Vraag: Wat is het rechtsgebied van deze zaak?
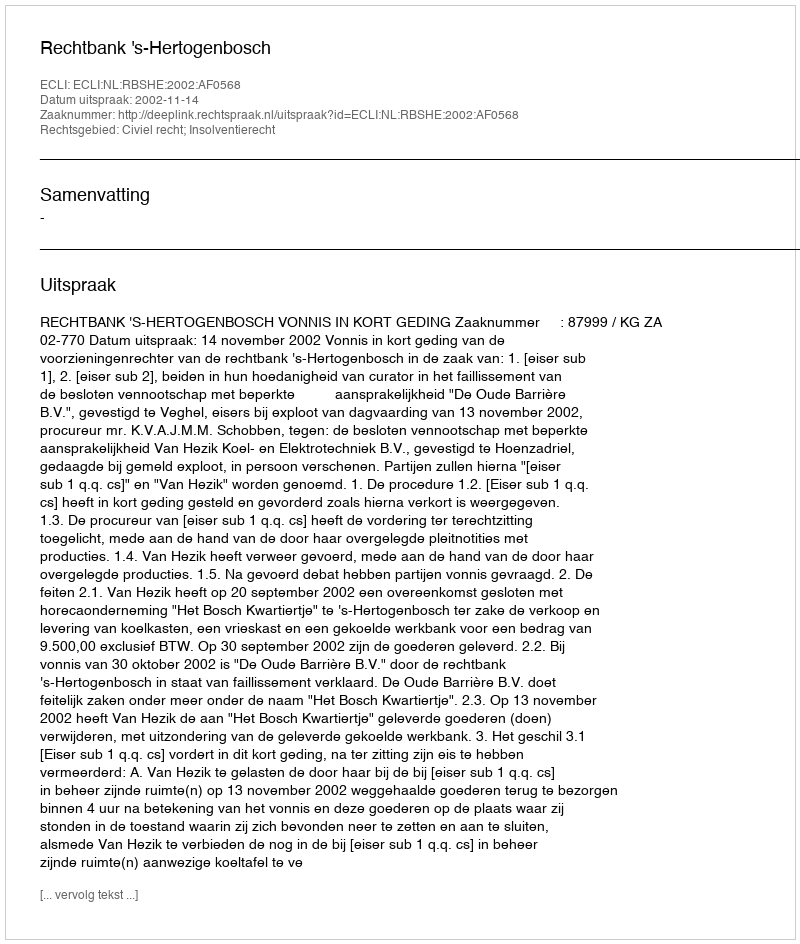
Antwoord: Civiel recht; Insolventierecht